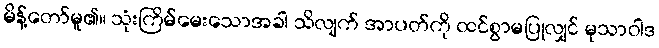
မိန့်တော်မူ၏။ သုံးကြိမ်မေးသောအခါ သိလျက် အာပတ်ကို ထင်စွာမပြုလျှင် မုသာဝါဒ